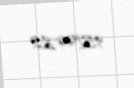
15799,82